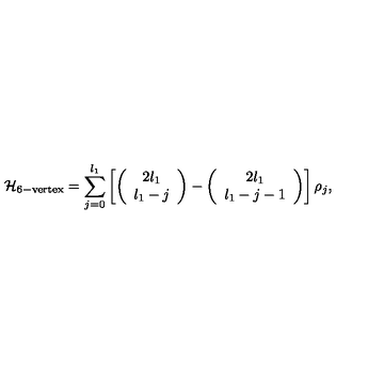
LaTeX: { \cal H } _ { \mathrm { 6 - v e r t e x } } = \sum _ { j = 0 } ^ { l _ { 1 } } \left[ \left( \begin{array} { c } { 2 l _ { 1 } } \\ { l _ { 1 } - j } \\ \end{array} \right) - \left( \begin{array} { c } { 2 l _ { 1 } } \\ { l _ { 1 } - j - 1 } \\ \end{array} \right) \right] \rho _ { j } ,